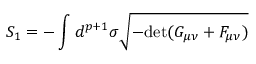
S _ { 1 } = - \int d ^ { p + 1 } \sigma \sqrt { - \mathrm { \mathrm { d e t } } ( G _ { \mu \nu } + { \cal F } _ { \mu \nu } ) }